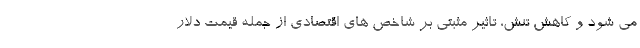
می شود و کاهش تنش، تاثیر مثبتی بر شاخص های اقتصادی از جمله قیمت دلار